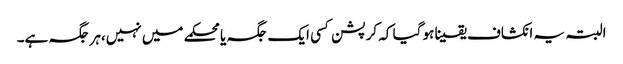
البتہ یہ انکشاف یقینا ہو گیا کہ کرپشن کسی ایک جگہ یا محکمے میں نہیں،ہر جگہ ہے۔